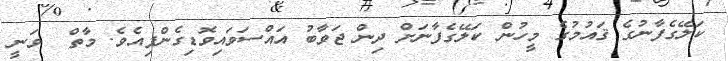
ކަލޭގެފާނުގެ ޤައުމުގެ މީހުން ކަލޭގެފާނަށް ދިން ޖަވާބު އައްސަވައިވޮޑިގެންފިއެވެ. މާތް  ވަނީ